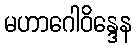
မဟာဂေါဝိန္ဒေန